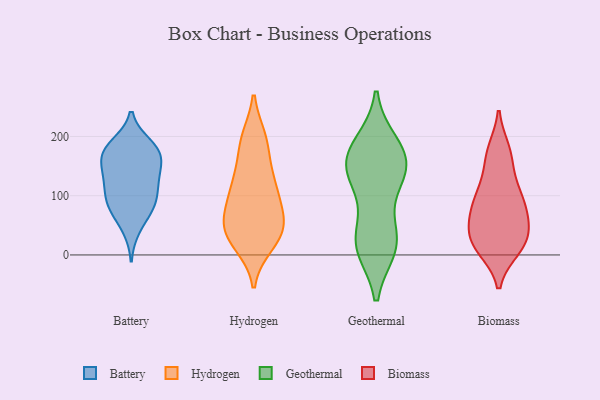
{"axis": {"x": "Gross Profit (USD K)", "y": "Value"}, "legend": ["Battery", "Biomass", "Geothermal", "Hydrogen"], "data": [{"x": "", "y": 135, "type": "Battery"}, {"x": "", "y": 111, "type": "Battery"}, {"x": "", "y": 184, "type": "Battery"}, {"x": "", "y": 79, "type": "Battery"}, {"x": "", "y": 162, "type": "Battery"}, {"x": "", "y": 166, "type": "Battery"}, {"x": "", "y": 129, "type": "Battery"}, {"x": "", "y": 169, "type": "Battery"}, {"x": "", "y": 186, "type": "Battery"}, {"x": "", "y": 82, "type": "Battery"}, {"x": "", "y": 80, "type": "Battery"}, {"x": "", "y": 96, "type": "Battery"}, {"x": "", "y": 129, "type": "Battery"}, {"x": "", "y": 174, "type": "Battery"}, {"x": "", "y": 44, "type": "Battery"}, {"x": "", "y": 80, "type": "Hydrogen"}, {"x": "", "y": 196, "type": "Hydrogen"}, {"x": "", "y": 67, "type": "Hydrogen"}, {"x": "", "y": 193, "type": "Hydrogen"}, {"x": "", "y": 98, "type": "Hydrogen"}, {"x": "", "y": 147, "type": "Hydrogen"}, {"x": "", "y": 192, "type": "Hydrogen"}, {"x": "", "y": 28, "type": "Hydrogen"}, {"x": "", "y": 113, "type": "Hydrogen"}, {"x": "", "y": 18, "type": "Hydrogen"}, {"x": "", "y": 50, "type": "Hydrogen"}, {"x": "", "y": 35, "type": "Hydrogen"}, {"x": "", "y": 56, "type": "Hydrogen"}, {"x": "", "y": 117, "type": "Hydrogen"}, {"x": "", "y": 49, "type": "Hydrogen"}, {"x": "", "y": 26, "type": "Hydrogen"}, {"x": "", "y": 127, "type": "Hydrogen"}, {"x": "", "y": 12, "type": "Geothermal"}, {"x": "", "y": 187, "type": "Geothermal"}, {"x": "", "y": 161, "type": "Geothermal"}, {"x": "", "y": 130, "type": "Geothermal"}, {"x": "", "y": 21, "type": "Geothermal"}, {"x": "", "y": 137, "type": "Geothermal"}, {"x": "", "y": 177, "type": "Geothermal"}, {"x": "", "y": 16, "type": "Geothermal"}, {"x": "", "y": 140, "type": "Geothermal"}, {"x": "", "y": 176, "type": "Geothermal"}, {"x": "", "y": 15, "type": "Geothermal"}, {"x": "", "y": 136, "type": "Geothermal"}, {"x": "", "y": 49, "type": "Geothermal"}, {"x": "", "y": 97, "type": "Biomass"}, {"x": "", "y": 119, "type": "Biomass"}, {"x": "", "y": 32, "type": "Biomass"}, {"x": "", "y": 16, "type": "Biomass"}, {"x": "", "y": 109, "type": "Biomass"}, {"x": "", "y": 82, "type": "Biomass"}, {"x": "", "y": 162, "type": "Biomass"}, {"x": "", "y": 21, "type": "Biomass"}, {"x": "", "y": 172, "type": "Biomass"}, {"x": "", "y": 29, "type": "Biomass"}, {"x": "", "y": 56, "type": "Biomass"}, {"x": "", "y": 176, "type": "Biomass"}, {"x": "", "y": 11, "type": "Biomass"}, {"x": "", "y": 81, "type": "Biomass"}, {"x": "", "y": 75, "type": "Biomass"}, {"x": "", "y": 13, "type": "Biomass"}, {"x": "", "y": 53, "type": "Biomass"}]}